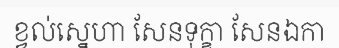
ខ្វល់ស្នេហា សែនទុក្ខា សែនឯកា